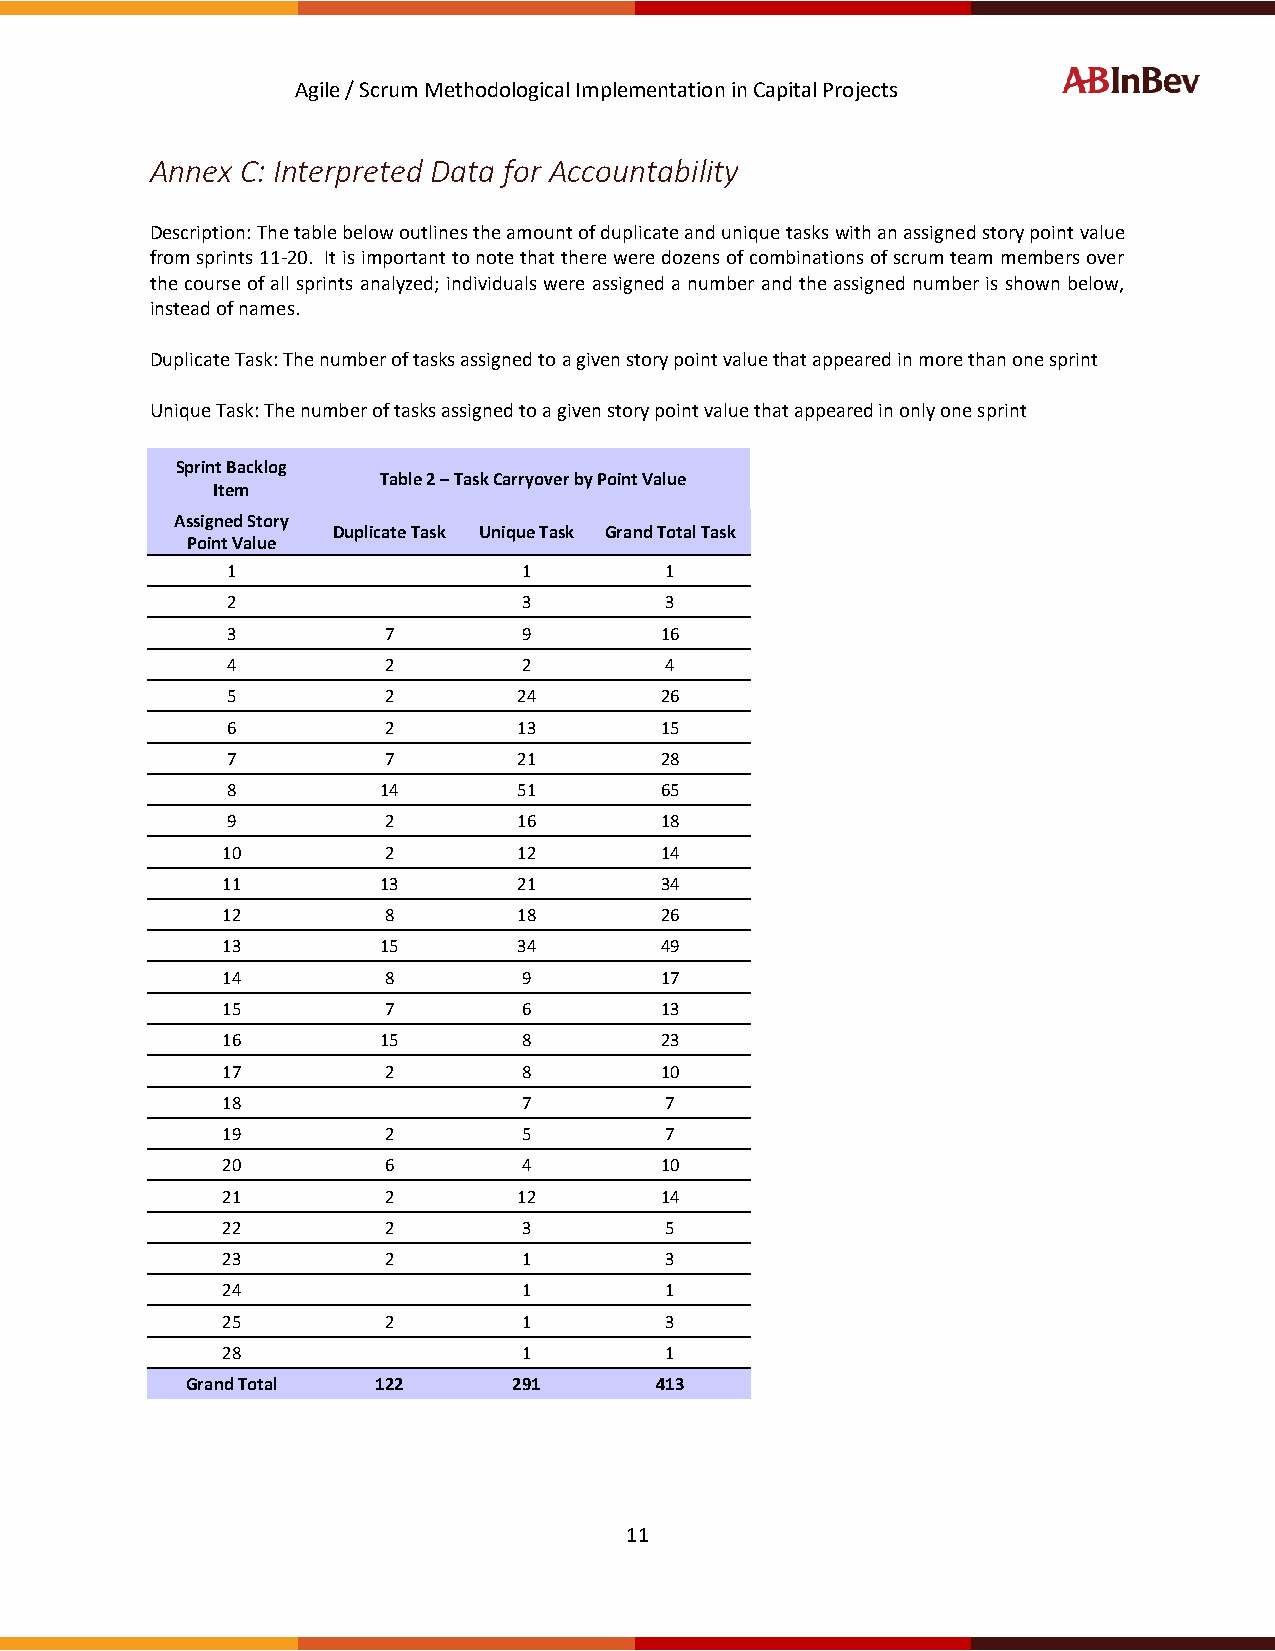
Agile / Scrum Methodological Implementation in Capital Projects
 Annex C: Interpreted Data for Accountability
 Description: The table below outlines the amount of duplicate and unique tasks with an assigned story point value
 from sprints 11-20. It is important to note that there were dozens of combinations of scrum team members over
 the course of all sprints analyzed; individuals were assigned a number and the assigned number is shown below,
 instead of names.
 Duplicate Task: The number of tasks assigned to a given story point value that appeared in more than one sprint
 Unique Task: The number of tasks assigned to a given story point value that appeared in only one sprint
 Sprint Backlog
 Table 2 – Task Carryover by Point Value
 Item
 Assigned Story
 Duplicate Task Unique Task Grand Total Task
 Point Value
 1                   1        1
 2                   3        3
 3         7         9        16
 4         2         2        4
 5         2        24        26
 6         2        13        15
 7         7        21        28
 8         14       51        65
 9         2        16        18
 10        2        12        14
 11        13       21        34
 12        8        18        26
 13        15       34        49
 14        8         9        17
 15        7         6        13
 16        15        8        23
 17        2         8        10
 18                  7        7
 19        2         5        7
 20        6         4        10
 21        2        12        14
 22        2         3        5
 23        2         1        3
 24                  1        1
 25        2         1        3
 28                  1        1
 Grand Total  122      291      413
 11